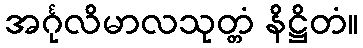
အင်္ဂုလိမာလသုတ္တံ နိဋ္ဌိတံ။